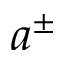
a ^ { \pm }